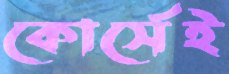
কোর্সেই